Report on vaccination North-West Frontier Province 1904-1922 - 1904-1922
Year: 1904
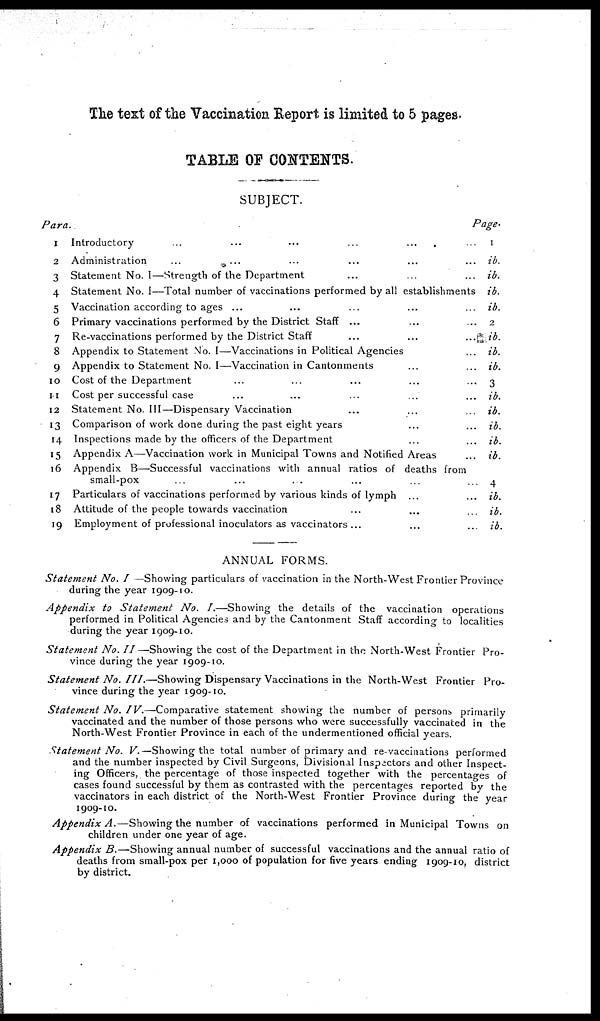
The text of the Vaccination Report is limited to 5 pages.
TABLE OF CONTENTS.
SUBJECT.
Para.
1
2
3
4
5
6
7
8
9
10
11
12
13
14
15
16
17
18
19
Introductory ... ... ... ... ... ...
Administration ... ... ... ... ... ...
Statement No. I—Strength of the Department ... ... ...
Statement No. I—Total number of vaccinations performed by all establishments
Vaccination according to ages ... ... ... ... ...
Primary vaccinations performed by the District Staff ... ... ...
Re-vaccinations performed by the District Staff ... ... ...
Appendix to Statement No. I—Vaccinations in Political Agencies ...
Appendix to Statement No. I—Vaccination in Cantonments ... ...
Cost of the Department ... ... ... ... ...
Cost per successful case ... ... ... ... ...
Statement No. III—Dispensary Vaccination ... ... ...
Comparison of work done during the past eight years ... ...
Inspections made by the officers of the Department ... ...
Appendix A—Vaccination work in Municipal Towns and Notified Areas ...
Appendix B—Successful vaccinations with annual ratios of deaths from
small-pox
...
... ... ... ... ...
Particulars of vaccinations performed by various kinds of lymph ... ...
Attitude of the people towards vaccination ... ... ...
Employment of professional inoculators as vaccinators ... ... ...
Page.
1
ib.
ib.
ib.
ib.
2
ib.
ib.
ib.
3
ib.
ib.
ib.
ib.
ib.
4
ib.
ib.
ib.
ANNUAL FORMS.
Statement No. I —Showing particulars of vaccination in the North-West Frontier Province
during the year 1909-10.
Appendix
to Statement
No. I.—Showing the details of the vaccination operations
performed in Political Agencies and by the Cantonment Staff according to localities
during the year 1909-10.
Statement No. II—Showing
the cost of the Department in the North-West Frontier Pro-
vince during the year 1909-10.
Statement No. III.—Showing
Dispensary Vaccinations in the North-West Frontier Pro-
vince during the year 1909-10.
Statement No. IV.—Comparative
statement showing the number of persons primarily
vaccinated and the number of those persons who were successfully vaccinated in the
North-West Frontier Province in each of the undermentioned official years.
Statement No. V. —Showing the total number of primary and re-vaccinations performed
and the number inspected by Civil Surgeons, Divisional Inspectors and other Inspect-
ing Officers, the percentage of those inspected together with the percentages of
cases found successful by them as contrasted with the percentages reported by the
vaccinators in each district of the North-West Frontier Province during the year
1909-10.
Appendix A.—Showing the number of vaccinations performed in Municipal Towns on
children under one year of age.
Appendix B.—Showing annual number of successful vaccinations and the annual ratio of
deaths from small-pox per 1,000 of population for five years ending 1909-10, district
by district.